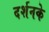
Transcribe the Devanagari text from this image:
दर्शनके